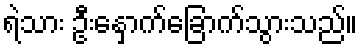
ရဲသား ဦးနှောက်ခြောက်သွားသည်။